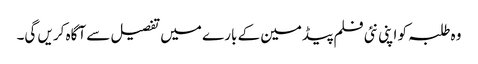
وہ طلبہ کو اپنی نئی فلم پیڈمین کے بارے میں تفصیل سے آگاہ کریں گی۔